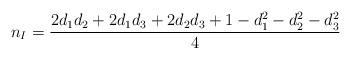
LaTeX: \begin{align*} n_I = \frac{2d_1d_2+2d_1d_3+2d_2d_3 +1 -d_1^2-d_2^2-d_3^2}{4} \end{align*}